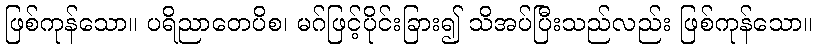
ဖြစ်ကုန်သော။ ပရိညာတေပိစ၊ မဂ်ဖြင့်ပိုင်းခြား၍ သိအပ်ပြီးသည်လည်း ဖြစ်ကုန်သော။